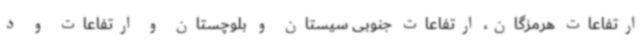
ارتفاعات هرمزگان، ارتفاعات جنوبی سیستان و بلوچستان و ارتفاعات و د